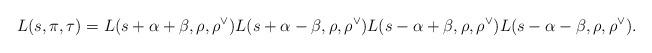
LaTeX: \begin{align*}L(s,\pi,\tau)=L(s+\alpha+\beta,\rho,\rho^\vee)L(s+\alpha-\beta,\rho,\rho^\vee)L(s-\alpha+\beta,\rho,\rho^\vee)L(s-\alpha-\beta,\rho,\rho^\vee).\end{align*}